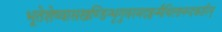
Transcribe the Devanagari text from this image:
भूतेशेष्वासखण्डिन्भृगुवरमदहृन्मैथिलानन्दकारिन्